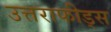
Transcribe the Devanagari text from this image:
उत्तराफीड्स